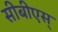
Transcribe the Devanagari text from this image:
सीबीएस्